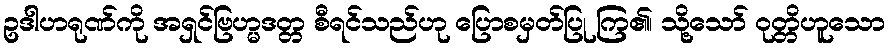
ဥဒါဟရုဏ်ကို အရှင်ဗြဟ္မဒတ္တ စီရင်သည်ဟု ပြောစမှတ်ပြု ကြ၏၊ သို့သော် ဝုတ္တိဟူသော